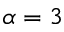
\alpha = 3